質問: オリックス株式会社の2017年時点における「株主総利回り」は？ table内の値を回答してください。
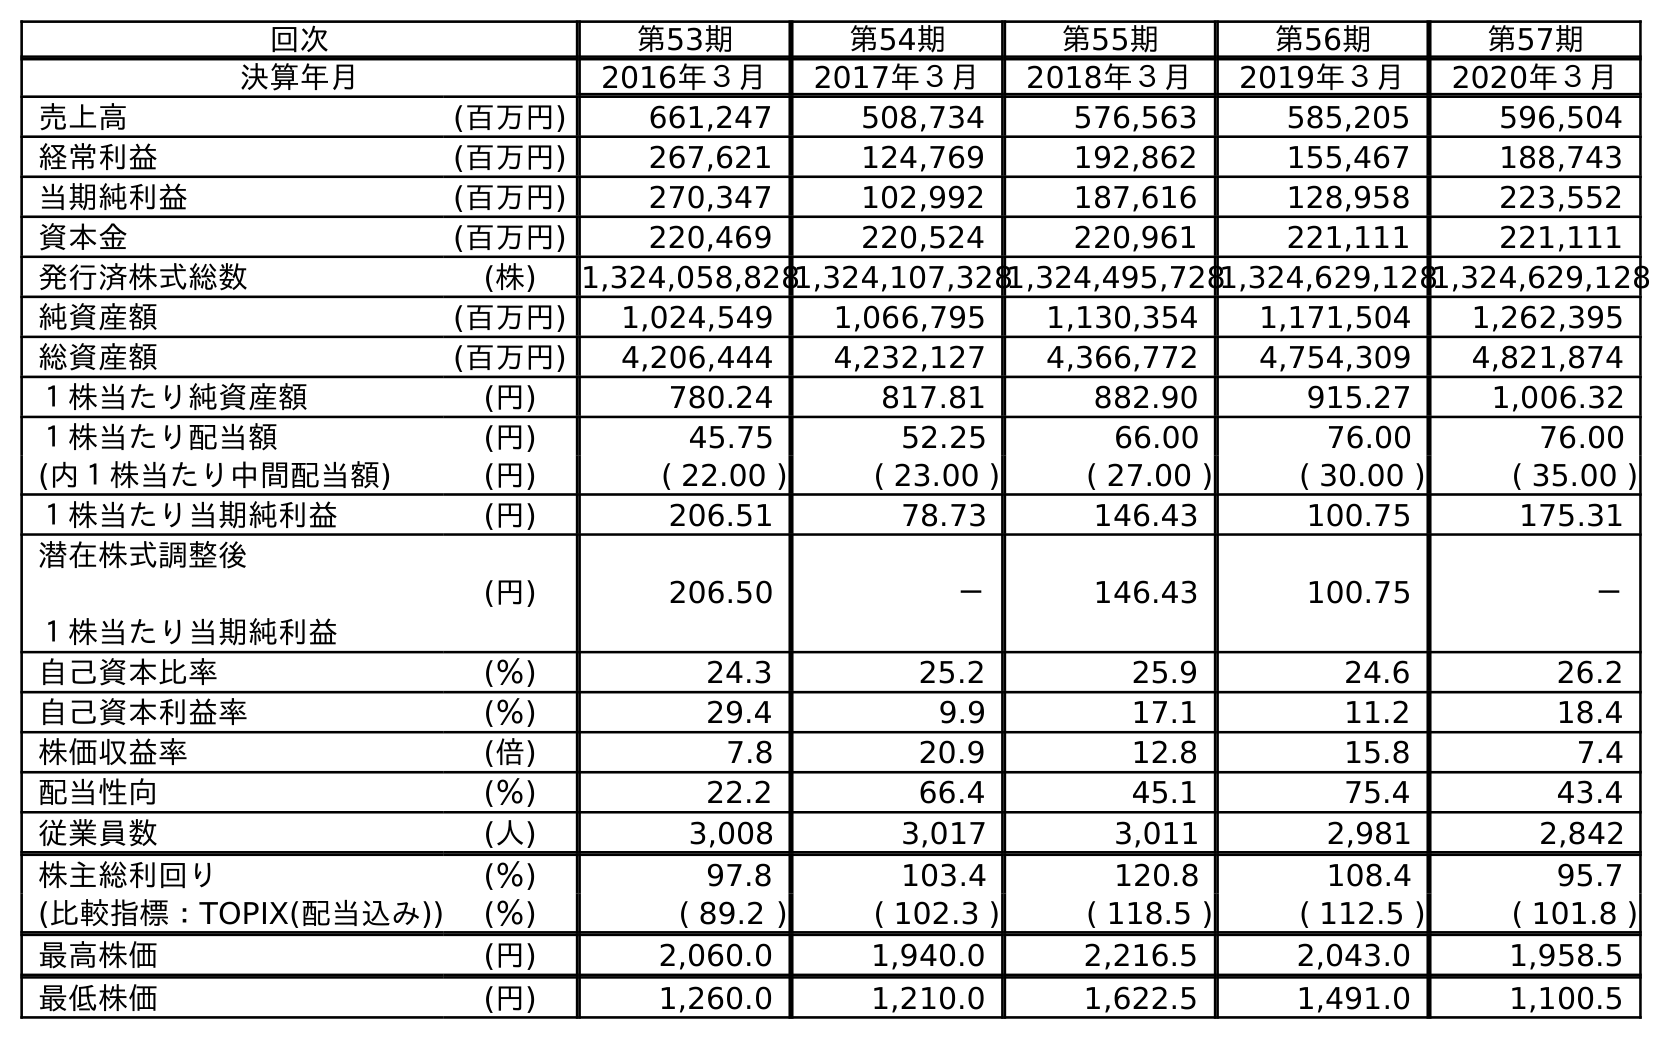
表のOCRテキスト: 回次 第53期 第54期 第55期 第56期 第57期 決算年月 2016年３月 2017年３月 2018年３月 2019年３月 2020年３月 売上高 (百万円) 661,247 508,734 576,563 585,205 596,504 経常利益 (百万円) 267,621 124,769 192,862 155,467 188,743 当期純利益 (百万円) 270,347 102,992 187,616 128,958 223,552 資本金 (百万円) 220,469 220,524 220,961 221,111 221,111 発行済株式総数 (株) 1,324,058,8281,324,107,3281,324,495,7281,324,629,1281,324,629,128 純資産額 (百万円) 1,024,549 1,066,795 1,130,354 1,171,504 1,262,395 総資産額 (百万円) 4,206,444 4,232,127 4,366,772 4,754,309 4,821,874 １株当たり純資産額 (円) 780.24 817.81 882.90 915.27 1,006.32 １株当たり配当額 (円) 45.75 52.25 66.00 76.00 76.00 (内１株当たり中間配当額) (円) ( 22.00 ) ( 23.00 ) ( 27.00 ) ( 30.00 ) ( 35.00 ) １株当たり当期純利益 (円) 206.51 78.73 146.43 100.75 175.31 潜在株式調整後 １株当たり当期純利益 (円) 206.50 － 146.43 100.75 － 自己資本比率 (％) 24.3 25.2 25.9 24.6 26.2 自己資本利益率 (％) 29.4 9.9 17.1 11.2 18.4 株価収益率 (倍) 7.8 20.9 12.8 15.8 7.4 配当性向 (％) 22.2 66.4 45.1 75.4 43.4 従業員数 (人) 3,008 3,017 3,011 2,981 2,842 株主総利回り (％) 97.8 103.4 120.8 108.4 95.7 (比較指標：TOPIX(配当込み)) (％) ( 89.2 ) ( 102.3 ) ( 118.5 ) ( 112.5 ) ( 101.8 ) 最高株価 (円) 2,060.0 1,940.0 2,216.5 2,043.0 1,958.5 最低株価 (円) 1,260.0 1,210.0 1,622.5 1,491.0 1,100.5
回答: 103.4